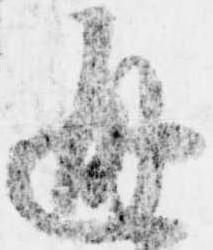
通